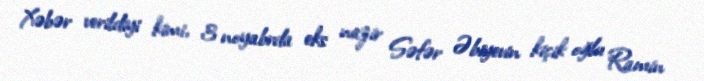
Xəbər verildiyi kimi, 3 noyabrda eks nazir Səfər Əbiyevin kiçik oğlu Ramin